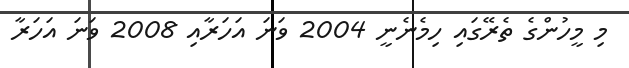
މި މީހުންގެ ތެރޭގައި ހިމެނެނީ 2004 ވަނަ އަހަރާއި 2008 ވަނަ އަހަރާ